Vaccination returns of the Province of Eastern Bengal and Assam - 1905-1912
Year: 1905
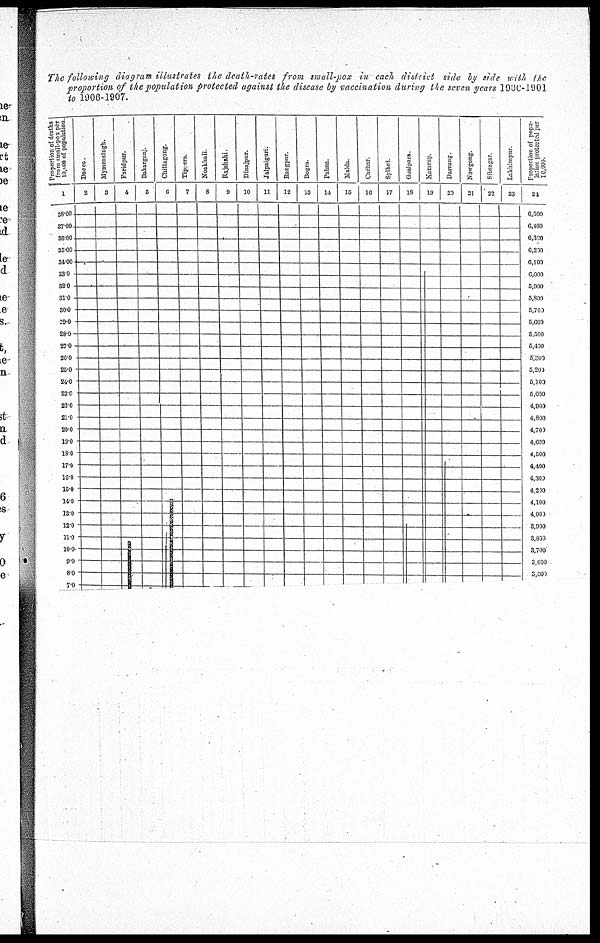
The following diagram illustrates the death-rates from small-pox in each district side by side with the
proportion of the population protected against the disease by vaccination during the seven years 1906-1901
to 1906-1907.